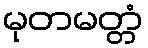
မုတမတ္တံ